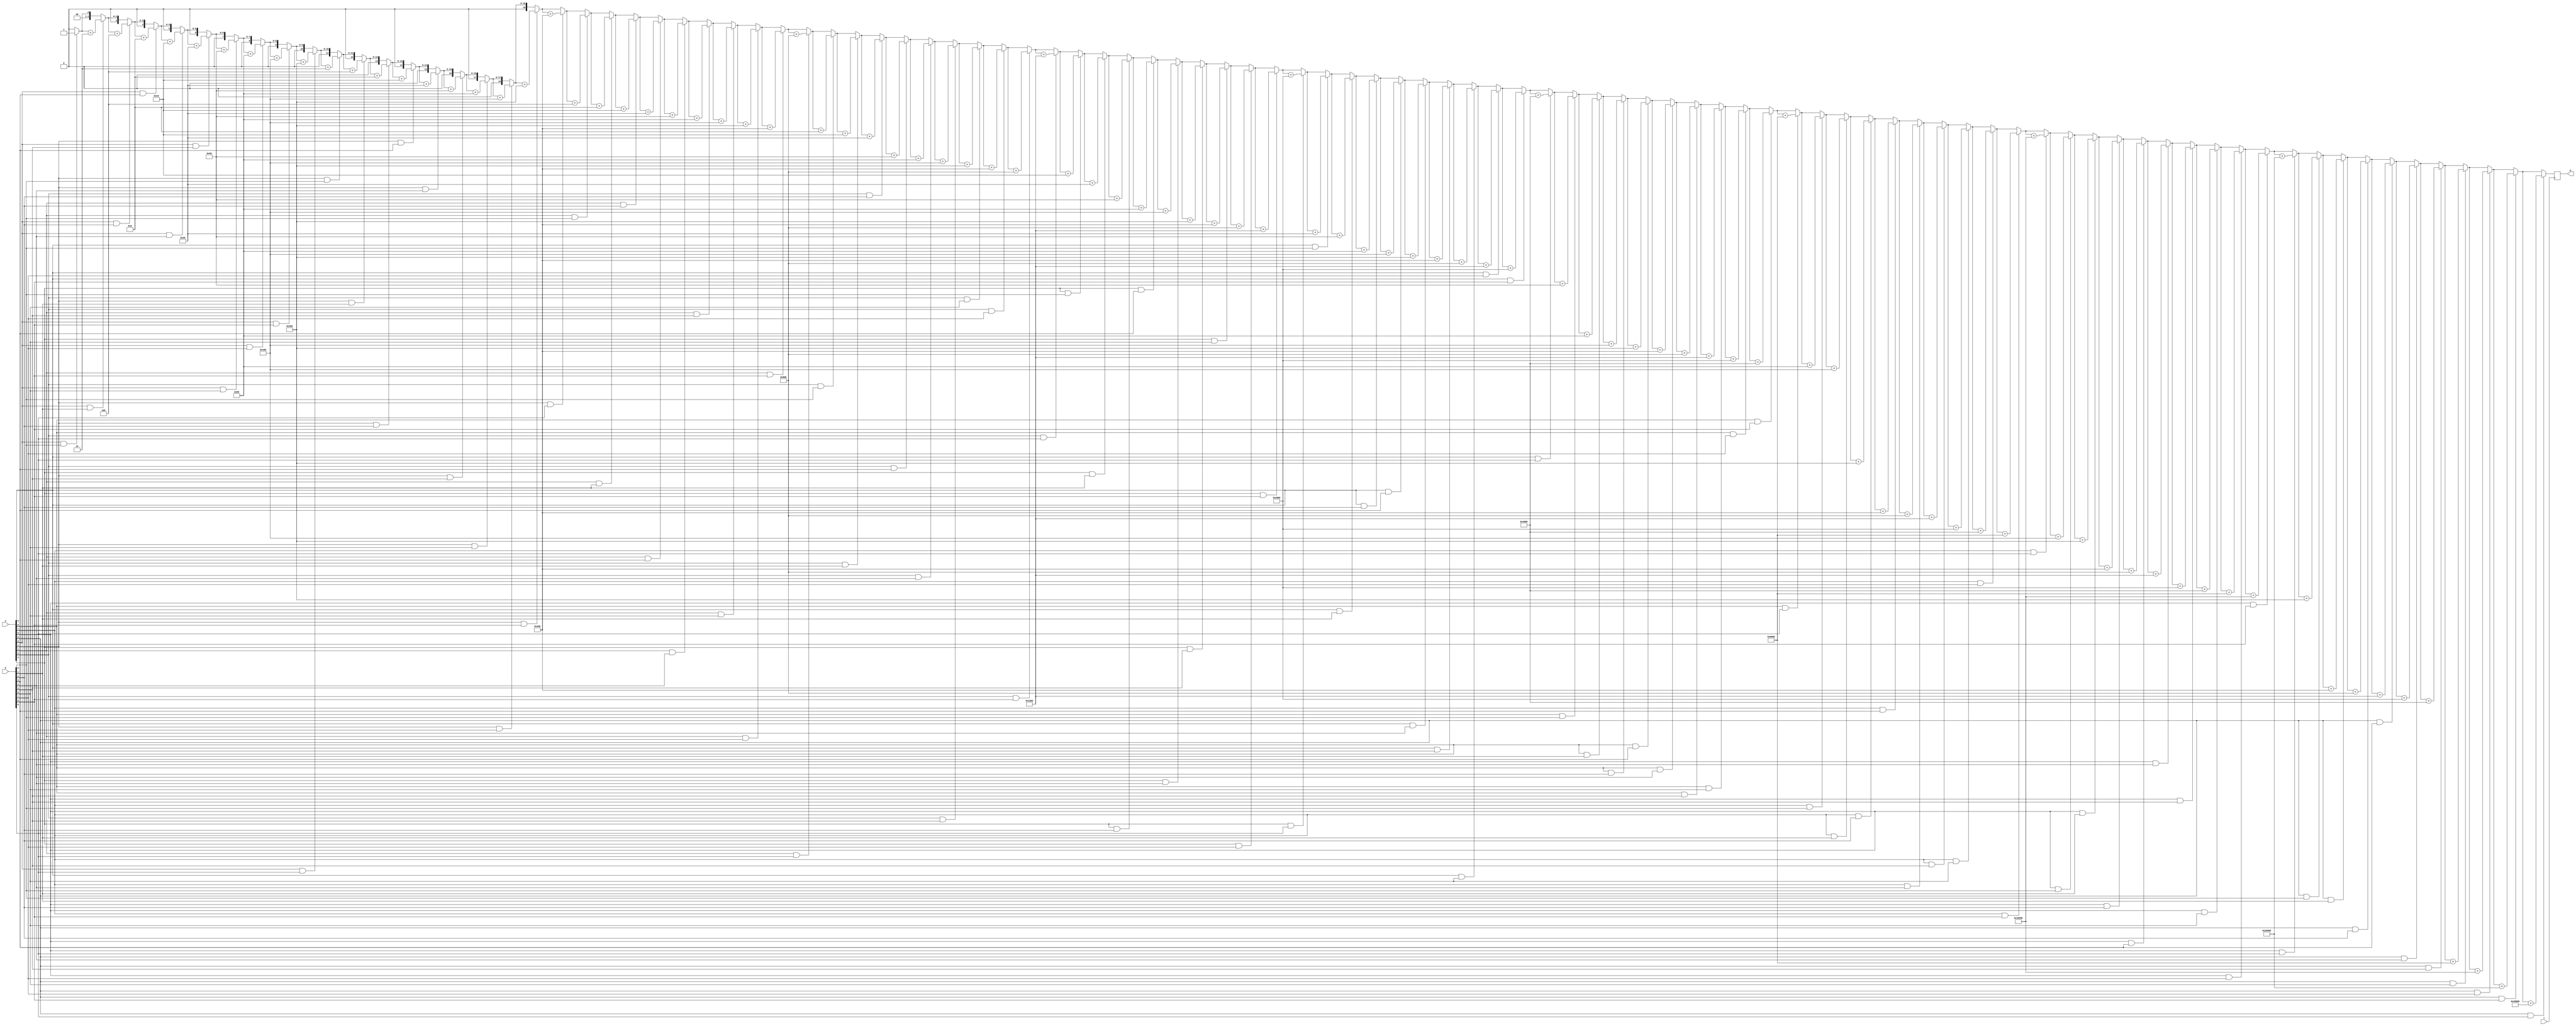



// Bit by Bit Multiply & Divide + Modulus
// Copyright  2022 by Gregory Scott Callen
// All Rights Reserved.

// Migration from JavaScript to Verilog.

module mul (
   input wire        t,
   input wire [19:0] a,
   input wire [19:0] b,
   output reg [19:0] p
);

   // p = a * b
   initial begin
      p = ~20'h0;
   end

   always @ ( posedge t ) begin

      p = 20'h0;

      p = a [ 0 ] & b [ 0 ] ? p + ( 20'h1 << 0 ) : p ;
      p = a [ 0 ] & b [ 1 ] ? p + ( 20'h1 << 1 ) : p ;
      p = a [ 0 ] & b [ 2 ] ? p + ( 20'h1 << 2 ) : p ;
      p = a [ 0 ] & b [ 3 ] ? p + ( 20'h1 << 3 ) : p ;
      p = a [ 0 ] & b [ 4 ] ? p + ( 20'h1 << 4 ) : p ;
      p = a [ 0 ] & b [ 5 ] ? p + ( 20'h1 << 5 ) : p ;
      p = a [ 0 ] & b [ 6 ] ? p + ( 20'h1 << 6 ) : p ;
      p = a [ 0 ] & b [ 7 ] ? p + ( 20'h1 << 7 ) : p ;
      p = a [ 0 ] & b [ 8 ] ? p + ( 20'h1 << 8 ) : p ;
      p = a [ 0 ] & b [ 9 ] ? p + ( 20'h1 << 9 ) : p ;

// Bit by Bit Multiply & Divide + Modulus
// Copyright  2022 by Gregory Scott Callen
// All Rights Reserved.

      p = a [ 1 ] & b [ 0 ] ? p + ( 20'h1 << 1 ) : p ;
      p = a [ 1 ] & b [ 1 ] ? p + ( 20'h1 << 2 ) : p ;
      p = a [ 1 ] & b [ 2 ] ? p + ( 20'h1 << 3 ) : p ;
      p = a [ 1 ] & b [ 3 ] ? p + ( 20'h1 << 4 ) : p ;
      p = a [ 1 ] & b [ 4 ] ? p + ( 20'h1 << 5 ) : p ;
      p = a [ 1 ] & b [ 5 ] ? p + ( 20'h1 << 6 ) : p ;
      p = a [ 1 ] & b [ 6 ] ? p + ( 20'h1 << 7 ) : p ;
      p = a [ 1 ] & b [ 7 ] ? p + ( 20'h1 << 8 ) : p ;
      p = a [ 1 ] & b [ 8 ] ? p + ( 20'h1 << 9 ) : p ;
      p = a [ 1 ] & b [ 9 ] ? p + ( 20'h1 << 10 ) : p ;

// Bit by Bit Multiply & Divide + Modulus
// Copyright  2022 by Gregory Scott Callen
// All Rights Reserved.

      p = a [ 2 ] & b [ 0 ] ? p + ( 20'h1 << 2 ) : p ;
      p = a [ 2 ] & b [ 1 ] ? p + ( 20'h1 << 3 ) : p ;
      p = a [ 2 ] & b [ 2 ] ? p + ( 20'h1 << 4 ) : p ;
      p = a [ 2 ] & b [ 3 ] ? p + ( 20'h1 << 5 ) : p ;
      p = a [ 2 ] & b [ 4 ] ? p + ( 20'h1 << 6 ) : p ;
      p = a [ 2 ] & b [ 5 ] ? p + ( 20'h1 << 7 ) : p ;
      p = a [ 2 ] & b [ 6 ] ? p + ( 20'h1 << 8 ) : p ;
      p = a [ 2 ] & b [ 7 ] ? p + ( 20'h1 << 9 ) : p ;
      p = a [ 2 ] & b [ 8 ] ? p + ( 20'h1 << 10 ) : p ;
      p = a [ 2 ] & b [ 9 ] ? p + ( 20'h1 << 11 ) : p ;

// Bit by Bit Multiply & Divide + Modulus
// Copyright  2022 by Gregory Scott Callen
// All Rights Reserved.

      p = a [ 3 ] & b [ 0 ] ? p + ( 20'h1 << 3 ) : p ;
      p = a [ 3 ] & b [ 1 ] ? p + ( 20'h1 << 4 ) : p ;
      p = a [ 3 ] & b [ 2 ] ? p + ( 20'h1 << 5 ) : p ;
      p = a [ 3 ] & b [ 3 ] ? p + ( 20'h1 << 6 ) : p ;
      p = a [ 3 ] & b [ 4 ] ? p + ( 20'h1 << 7 ) : p ;
      p = a [ 3 ] & b [ 5 ] ? p + ( 20'h1 << 8 ) : p ;
      p = a [ 3 ] & b [ 6 ] ? p + ( 20'h1 << 9 ) : p ;
      p = a [ 3 ] & b [ 7 ] ? p + ( 20'h1 << 10 ) : p ;
      p = a [ 3 ] & b [ 8 ] ? p + ( 20'h1 << 11 ) : p ;
      p = a [ 3 ] & b [ 9 ] ? p + ( 20'h1 << 12 ) : p ;

// Bit by Bit Multiply & Divide + Modulus
// Copyright  2022 by Gregory Scott Callen
// All Rights Reserved.

      p = a [ 4 ] & b [ 0 ] ? p + ( 20'h1 << 4 ) : p ;
      p = a [ 4 ] & b [ 1 ] ? p + ( 20'h1 << 5 ) : p ;
      p = a [ 4 ] & b [ 2 ] ? p + ( 20'h1 << 6 ) : p ;
      p = a [ 4 ] & b [ 3 ] ? p + ( 20'h1 << 7 ) : p ;
      p = a [ 4 ] & b [ 4 ] ? p + ( 20'h1 << 8 ) : p ;
      p = a [ 4 ] & b [ 5 ] ? p + ( 20'h1 << 9 ) : p ;
      p = a [ 4 ] & b [ 6 ] ? p + ( 20'h1 << 10 ) : p ;
      p = a [ 4 ] & b [ 7 ] ? p + ( 20'h1 << 11 ) : p ;
      p = a [ 4 ] & b [ 8 ] ? p + ( 20'h1 << 12 ) : p ;
      p = a [ 4 ] & b [ 9 ] ? p + ( 20'h1 << 13 ) : p ;

// Bit by Bit Multiply & Divide + Modulus
// Copyright  2022 by Gregory Scott Callen
// All Rights Reserved.

      p = a [ 5 ] & b [ 0 ] ? p + ( 20'h1 << 5 ) : p ;
      p = a [ 5 ] & b [ 1 ] ? p + ( 20'h1 << 6 ) : p ;
      p = a [ 5 ] & b [ 2 ] ? p + ( 20'h1 << 7 ) : p ;
      p = a [ 5 ] & b [ 3 ] ? p + ( 20'h1 << 8 ) : p ;
      p = a [ 5 ] & b [ 4 ] ? p + ( 20'h1 << 9 ) : p ;
      p = a [ 5 ] & b [ 5 ] ? p + ( 20'h1 << 10 ) : p ;
      p = a [ 5 ] & b [ 6 ] ? p + ( 20'h1 << 11 ) : p ;
      p = a [ 5 ] & b [ 7 ] ? p + ( 20'h1 << 12 ) : p ;
      p = a [ 5 ] & b [ 8 ] ? p + ( 20'h1 << 13 ) : p ;
      p = a [ 5 ] & b [ 9 ] ? p + ( 20'h1 << 14 ) : p ;

// Bit by Bit Multiply & Divide + Modulus
// Copyright  2022 by Gregory Scott Callen
// All Rights Reserved.

      p = a [ 6 ] & b [ 0 ] ? p + ( 20'h1 << 6 ) : p ;
      p = a [ 6 ] & b [ 1 ] ? p + ( 20'h1 << 7 ) : p ;
      p = a [ 6 ] & b [ 2 ] ? p + ( 20'h1 << 8 ) : p ;
      p = a [ 6 ] & b [ 3 ] ? p + ( 20'h1 << 9 ) : p ;
      p = a [ 6 ] & b [ 4 ] ? p + ( 20'h1 << 10 ) : p ;
      p = a [ 6 ] & b [ 5 ] ? p + ( 20'h1 << 11 ) : p ;
      p = a [ 6 ] & b [ 6 ] ? p + ( 20'h1 << 12 ) : p ;
      p = a [ 6 ] & b [ 7 ] ? p + ( 20'h1 << 13 ) : p ;
      p = a [ 6 ] & b [ 8 ] ? p + ( 20'h1 << 14 ) : p ;
      p = a [ 6 ] & b [ 9 ] ? p + ( 20'h1 << 15 ) : p ;

// Bit by Bit Multiply & Divide + Modulus
// Copyright  2022 by Gregory Scott Callen
// All Rights Reserved.

      p = a [ 7 ] & b [ 0 ] ? p + ( 20'h1 << 7 ) : p ;
      p = a [ 7 ] & b [ 1 ] ? p + ( 20'h1 << 8 ) : p ;
      p = a [ 7 ] & b [ 2 ] ? p + ( 20'h1 << 9 ) : p ;
      p = a [ 7 ] & b [ 3 ] ? p + ( 20'h1 << 10 ) : p ;
      p = a [ 7 ] & b [ 4 ] ? p + ( 20'h1 << 11 ) : p ;
      p = a [ 7 ] & b [ 5 ] ? p + ( 20'h1 << 12 ) : p ;
      p = a [ 7 ] & b [ 6 ] ? p + ( 20'h1 << 13 ) : p ;
      p = a [ 7 ] & b [ 7 ] ? p + ( 20'h1 << 14 ) : p ;
      p = a [ 7 ] & b [ 8 ] ? p + ( 20'h1 << 15 ) : p ;
      p = a [ 7 ] & b [ 9 ] ? p + ( 20'h1 << 16 ) : p ;

// Bit by Bit Multiply & Divide + Modulus
// Copyright  2022 by Gregory Scott Callen
// All Rights Reserved.

      p = a [ 8 ] & b [ 0 ] ? p + ( 20'h1 << 8 ) : p ;
      p = a [ 8 ] & b [ 1 ] ? p + ( 20'h1 << 9 ) : p ;
      p = a [ 8 ] & b [ 2 ] ? p + ( 20'h1 << 10 ) : p ;
      p = a [ 8 ] & b [ 3 ] ? p + ( 20'h1 << 11 ) : p ;
      p = a [ 8 ] & b [ 4 ] ? p + ( 20'h1 << 12 ) : p ;
      p = a [ 8 ] & b [ 5 ] ? p + ( 20'h1 << 13 ) : p ;
      p = a [ 8 ] & b [ 6 ] ? p + ( 20'h1 << 14 ) : p ;
      p = a [ 8 ] & b [ 7 ] ? p + ( 20'h1 << 15 ) : p ;
      p = a [ 8 ] & b [ 8 ] ? p + ( 20'h1 << 16 ) : p ;
      p = a [ 8 ] & b [ 9 ] ? p + ( 20'h1 << 17 ) : p ;

// Bit by Bit Multiply & Divide + Modulus
// Copyright  2022 by Gregory Scott Callen
// All Rights Reserved.

      p = a [ 9 ] & b [ 0 ] ? p + ( 20'h1 << 9 ) : p ;
      p = a [ 9 ] & b [ 1 ] ? p + ( 20'h1 << 10 ) : p ;
      p = a [ 9 ] & b [ 2 ] ? p + ( 20'h1 << 11 ) : p ;
      p = a [ 9 ] & b [ 3 ] ? p + ( 20'h1 << 12 ) : p ;
      p = a [ 9 ] & b [ 4 ] ? p + ( 20'h1 << 13 ) : p ;
      p = a [ 9 ] & b [ 5 ] ? p + ( 20'h1 << 14 ) : p ;
      p = a [ 9 ] & b [ 6 ] ? p + ( 20'h1 << 15 ) : p ;
      p = a [ 9 ] & b [ 7 ] ? p + ( 20'h1 << 16 ) : p ;
      p = a [ 9 ] & b [ 8 ] ? p + ( 20'h1 << 17 ) : p ;
      p = a [ 9 ] & b [ 9 ] ? p + ( 20'h1 << 18 ) : p ;

// Bit by Bit Multiply & Divide + Modulus
// Copyright  2022 by Gregory Scott Callen
// All Rights Reserved.

   end 

endmodule    // 72897 = 517 * 141

// Bit by Bit Multiply & Divide + Modulus
// Copyright  2022 by Gregory Scott Callen
// All Rights Reserved.

module div (
   input wire        t,
   input wire [19:0] a,
   input wire [19:0] b,
   output reg [19:0] n,
   output reg [19:0] r
);

   initial begin
      n = ~20'h0;
      r = ~20'h0;
   end

   always @ ( posedge t ) begin

      r = a; n = 20'd0; 

      if (( b << 9 ) <= r ) begin
         n = n | 20'd512;
         r = b [ 9 ] ? r - ( 20'd1 << 18 ) : r ;
         r = b [ 8 ] ? r - ( 20'd1 << 17 ) : r ;
         r = b [ 7 ] ? r - ( 20'd1 << 16 ) : r ;
         r = b [ 6 ] ? r - ( 20'd1 << 15 ) : r ;
         r = b [ 5 ] ? r - ( 20'd1 << 14 ) : r ;
         r = b [ 4 ] ? r - ( 20'd1 << 13 ) : r ;
         r = b [ 3 ] ? r - ( 20'd1 << 12 ) : r ;
         r = b [ 2 ] ? r - ( 20'd1 << 11 ) : r ;
         r = b [ 1 ] ? r - ( 20'd1 << 10 ) : r ;
         r = b [ 0 ] ? r - ( 20'd1 << 9 ) : r ;
      end

// Bit by Bit Multiply & Divide + Modulus
// Copyright  2022 by Gregory Scott Callen
// All Rights Reserved.

      if (( b << 8 ) <= r ) begin
         n = n | 20'd256;
         r = b [ 9 ] ? r - ( 20'd1 << 17 ) : r ;
         r = b [ 8 ] ? r - ( 20'd1 << 16 ) : r ;
         r = b [ 7 ] ? r - ( 20'd1 << 15 ) : r ;
         r = b [ 6 ] ? r - ( 20'd1 << 14 ) : r ;
         r = b [ 5 ] ? r - ( 20'd1 << 13 ) : r ;
         r = b [ 4 ] ? r - ( 20'd1 << 12 ) : r ;
         r = b [ 3 ] ? r - ( 20'd1 << 11 ) : r ;
         r = b [ 2 ] ? r - ( 20'd1 << 10 ) : r ;
         r = b [ 1 ] ? r - ( 20'd1 << 9 ) : r ;
         r = b [ 0 ] ? r - ( 20'd1 << 8 ) : r ;
      end

// Bit by Bit Multiply & Divide + Modulus
// Copyright  2022 by Gregory Scott Callen
// All Rights Reserved.

      if (( b << 7 ) <= r ) begin
         n = n | 20'd128;
         r = b [ 9 ] ? r - ( 20'd1 << 16 ) : r ;
         r = b [ 8 ] ? r - ( 20'd1 << 15 ) : r ;
         r = b [ 7 ] ? r - ( 20'd1 << 14 ) : r ;
         r = b [ 6 ] ? r - ( 20'd1 << 13 ) : r ;
         r = b [ 5 ] ? r - ( 20'd1 << 12 ) : r ;
         r = b [ 4 ] ? r - ( 20'd1 << 11 ) : r ;
         r = b [ 3 ] ? r - ( 20'd1 << 10 ) : r ;
         r = b [ 2 ] ? r - ( 20'd1 << 9 ) : r ;
         r = b [ 1 ] ? r - ( 20'd1 << 8 ) : r ;
         r = b [ 0 ] ? r - ( 20'd1 << 7 ) : r ;
      end

// Bit by Bit Multiply & Divide + Modulus
// Copyright  2022 by Gregory Scott Callen
// All Rights Reserved.

      if (( b << 6 ) <= r ) begin
         n = n | 20'd64;
         r = b [ 9 ] ? r - ( 20'd1 << 15 ) : r ;
         r = b [ 8 ] ? r - ( 20'd1 << 14 ) : r ;
         r = b [ 7 ] ? r - ( 20'd1 << 13 ) : r ;
         r = b [ 6 ] ? r - ( 20'd1 << 12 ) : r ;
         r = b [ 5 ] ? r - ( 20'd1 << 11 ) : r ;
         r = b [ 4 ] ? r - ( 20'd1 << 10 ) : r ;
         r = b [ 3 ] ? r - ( 20'd1 << 9 ) : r ;
         r = b [ 2 ] ? r - ( 20'd1 << 8 ) : r ;
         r = b [ 1 ] ? r - ( 20'd1 << 7 ) : r ;
         r = b [ 0 ] ? r - ( 20'd1 << 6 ) : r ;
      end

// Bit by Bit Multiply & Divide + Modulus
// Copyright  2022 by Gregory Scott Callen
// All Rights Reserved.

      if (( b << 5 ) <= r ) begin
         n = n | 20'd32;
         r = b [ 9 ] ? r - ( 20'd1 << 14 ) : r ;
         r = b [ 8 ] ? r - ( 20'd1 << 13 ) : r ;
         r = b [ 7 ] ? r - ( 20'd1 << 12 ) : r ;
         r = b [ 6 ] ? r - ( 20'd1 << 11 ) : r ;
         r = b [ 5 ] ? r - ( 20'd1 << 10 ) : r ;
         r = b [ 4 ] ? r - ( 20'd1 << 9 ) : r ;
         r = b [ 3 ] ? r - ( 20'd1 << 8 ) : r ;
         r = b [ 2 ] ? r - ( 20'd1 << 7 ) : r ;
         r = b [ 1 ] ? r - ( 20'd1 << 6 ) : r ;
         r = b [ 0 ] ? r - ( 20'd1 << 5 ) : r ;
      end

// Bit by Bit Multiply & Divide + Modulus
// Copyright  2022 by Gregory Scott Callen
// All Rights Reserved.

      if (( b << 4 ) <= r ) begin
         n = n | 20'd16;
         r = b [ 9 ] ? r - ( 20'd1 << 13 ) : r ;
         r = b [ 8 ] ? r - ( 20'd1 << 12 ) : r ;
         r = b [ 7 ] ? r - ( 20'd1 << 11 ) : r ;
         r = b [ 6 ] ? r - ( 20'd1 << 10 ) : r ;
         r = b [ 5 ] ? r - ( 20'd1 << 9 ) : r ;
         r = b [ 4 ] ? r - ( 20'd1 << 8 ) : r ;
         r = b [ 3 ] ? r - ( 20'd1 << 7 ) : r ;
         r = b [ 2 ] ? r - ( 20'd1 << 6 ) : r ;
         r = b [ 1 ] ? r - ( 20'd1 << 5 ) : r ;
         r = b [ 0 ] ? r - ( 20'd1 << 4 ) : r ;
      end

// Bit by Bit Multiply & Divide + Modulus
// Copyright  2022 by Gregory Scott Callen
// All Rights Reserved.

      if (( b << 3 ) <= r ) begin
         n = n | 20'd8;
         r = b [ 9 ] ? r - ( 20'd1 << 12 ) : r ;
         r = b [ 8 ] ? r - ( 20'd1 << 11 ) : r ;
         r = b [ 7 ] ? r - ( 20'd1 << 10 ) : r ;
         r = b [ 6 ] ? r - ( 20'd1 << 9 ) : r ;
         r = b [ 5 ] ? r - ( 20'd1 << 8 ) : r ;
         r = b [ 4 ] ? r - ( 20'd1 << 7 ) : r ;
         r = b [ 3 ] ? r - ( 20'd1 << 6 ) : r ;
         r = b [ 2 ] ? r - ( 20'd1 << 5 ) : r ;
         r = b [ 1 ] ? r - ( 20'd1 << 4 ) : r ;
         r = b [ 0 ] ? r - ( 20'd1 << 3 ) : r ;
      end

// Bit by Bit Multiply & Divide + Modulus
// Copyright  2022 by Gregory Scott Callen
// All Rights Reserved.

      if (( b << 2 ) <= r ) begin
         n = n | 20'd4;
         r = b [ 9 ] ? r - ( 20'd1 << 11 ) : r ;
         r = b [ 8 ] ? r - ( 20'd1 << 10 ) : r ;
         r = b [ 7 ] ? r - ( 20'd1 << 9 ) : r ;
         r = b [ 6 ] ? r - ( 20'd1 << 8 ) : r ;
         r = b [ 5 ] ? r - ( 20'd1 << 7 ) : r ;
         r = b [ 4 ] ? r - ( 20'd1 << 6 ) : r ;
         r = b [ 3 ] ? r - ( 20'd1 << 5 ) : r ;
         r = b [ 2 ] ? r - ( 20'd1 << 4 ) : r ;
         r = b [ 1 ] ? r - ( 20'd1 << 3 ) : r ;
         r = b [ 0 ] ? r - ( 20'd1 << 2 ) : r ;
      end

// Bit by Bit Multiply & Divide + Modulus
// Copyright  2022 by Gregory Scott Callen
// All Rights Reserved.

      if (( b << 1 ) <= r ) begin
         n = n | 20'd2;
         r = b [ 9 ] ? r - ( 20'd1 << 10 ) : r ;
         r = b [ 8 ] ? r - ( 20'd1 << 9 ) : r ;
         r = b [ 7 ] ? r - ( 20'd1 << 8 ) : r ;
         r = b [ 6 ] ? r - ( 20'd1 << 7 ) : r ;
         r = b [ 5 ] ? r - ( 20'd1 << 6 ) : r ;
         r = b [ 4 ] ? r - ( 20'd1 << 5 ) : r ;
         r = b [ 3 ] ? r - ( 20'd1 << 4 ) : r ;
         r = b [ 2 ] ? r - ( 20'd1 << 3 ) : r ;
         r = b [ 1 ] ? r - ( 20'd1 << 2 ) : r ;
         r = b [ 0 ] ? r - ( 20'd1 << 1 ) : r ;
      end

// Bit by Bit Multiply & Divide + Modulus
// Copyright  2022 by Gregory Scott Callen
// All Rights Reserved.

      if (( b << 0 ) <= r ) begin
         n = n | 20'd1;
         r = b [ 9 ] ? r - ( 20'd1 << 9 ) : r ;
         r = b [ 8 ] ? r - ( 20'd1 << 8 ) : r ;
         r = b [ 7 ] ? r - ( 20'd1 << 7 ) : r ;
         r = b [ 6 ] ? r - ( 20'd1 << 6 ) : r ;
         r = b [ 5 ] ? r - ( 20'd1 << 5 ) : r ;
         r = b [ 4 ] ? r - ( 20'd1 << 4 ) : r ;
         r = b [ 3 ] ? r - ( 20'd1 << 3 ) : r ;
         r = b [ 2 ] ? r - ( 20'd1 << 2 ) : r ;
         r = b [ 1 ] ? r - ( 20'd1 << 1 ) : r ;
         r = b [ 0 ] ? r - ( 20'd1 << 0 ) : r ;
      end

// Bit by Bit Multiply & Divide + Modulus
// Copyright  2022 by Gregory Scott Callen
// All Rights Reserved.

   end

   // 524 = 72897 / 139 r 61

endmodule